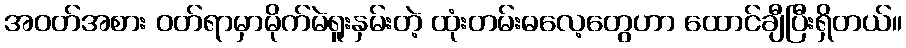
အဝတ်အစား ဝတ်ရာမှာမိုက်မဲရူးနှမ်းတဲ့ ထုံးတမ်းဓလေ့တွေဟာ ထောင်ချီပြီးရှိတယ်။